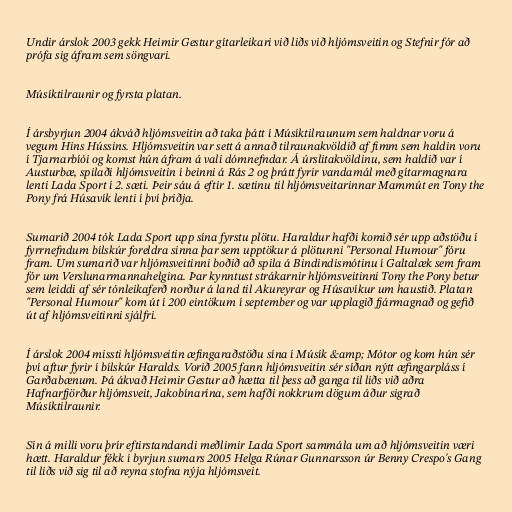
Undir árslok 2003 gekk Heimir Gestur gítarleikari við liðs við hljómsveitin og Stefnir fór að
prófa sig áfram sem söngvari.

Músíktilraunir og fyrsta platan.

Í ársbyrjun 2004 ákváð hljómsveitin að taka þátt í Músíktilraunum sem haldnar voru á
vegum Hins Hússins. Hljómsveitin var sett á annað tilraunakvöldið af fimm sem haldin voru
í Tjarnarbíói og komst hún áfram á vali dómnefndar. Á úrslitakvöldinu, sem haldið var í
Austurbæ, spilaði hljómsveitin í beinni á Rás 2 og þrátt fyrir vandamál með gítarmagnara
lenti Lada Sport í 2. sæti. Þeir sáu á eftir 1. sætinu til hljómsveitarinnar Mammút en Tony the
Pony frá Húsavík lenti í því þriðja.

Sumarið 2004 tók Lada Sport upp sína fyrstu plötu. Haraldur hafði komið sér upp aðstöðu í
fyrrnefndum bílskúr foreldra sinna þar sem upptökur á plötunni "Personal Humour" fóru
fram. Um sumarið var hljómsveitinni boðið að spila á Bindindismótinu í Galtalæk sem fram
fór um Verslunarmannahelgina. Þar kynntust strákarnir hljómsveitinni Tony the Pony betur
sem leiddi af sér tónleikaferð norður á land til Akureyrar og Húsavíkur um haustið. Platan
"Personal Humour" kom út í 200 eintökum í september og var upplagið fjármagnað og gefið
út af hljómsveitinni sjálfri.

Í árslok 2004 missti hljómsveitin æfingaraðstöðu sína í Músík &amp; Mótor og kom hún sér
því aftur fyrir í bílskúr Haralds. Vorið 2005 fann hljómsveitin sér síðan nýtt æfingarpláss í
Garðabænum. Þá ákvað Heimir Gestur að hætta til þess að ganga til liðs við aðra
Hafnarfjörður hljómsveit, Jakobínarína, sem hafði nokkrum dögum áður sigrað
Músíktilraunir.

Sín á milli voru þrír eftirstandandi meðlimir Lada Sport sammála um að hljómsveitin væri
hætt. Haraldur fékk í byrjun sumars 2005 Helga Rúnar Gunnarsson úr Benny Crespo's Gang
til liðs við sig til að reyna stofna nýja hljómsveit.